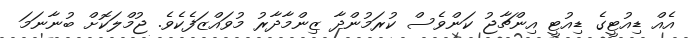
އެއް ޑިއުޓީގެ ޑިއުޓީ އިންޗާޖު ކަންވެސް ކުރަމުންދާ ޒިންމާދާރު މުވައްޒަފެކެވެ. ޖުމްލަކޮށް ބުނާނަމަ